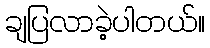
ချပြလာခဲ့ပါတယ်။